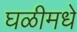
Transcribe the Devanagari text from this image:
घळीमधे